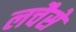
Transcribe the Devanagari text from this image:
लचैसे